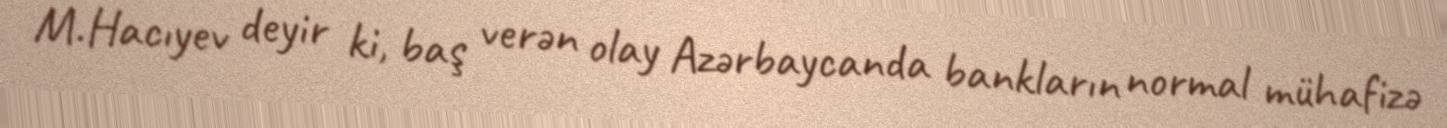
M.Hacıyev deyir ki, baş verən olay Azərbaycanda bankların normal mühafizə